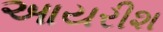
આયરીશ